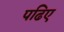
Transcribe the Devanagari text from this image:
पढिए